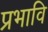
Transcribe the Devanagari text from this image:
प्रभावि